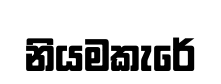
නියමකැරේ